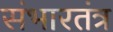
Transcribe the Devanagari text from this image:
संभारतंत्र